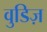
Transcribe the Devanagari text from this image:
वुडिज़